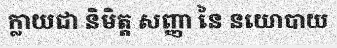
ក្លាយជា និមិត្ត សញ្ញា នៃ នយោបាយ